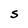
Character: S